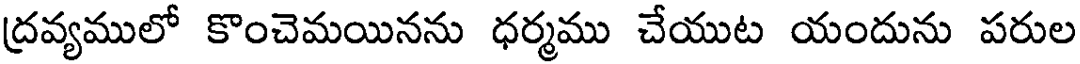
ద్రవ్యములో కొంచెమయినను ధర్మము చేయుట యందును పరుల